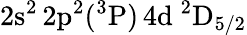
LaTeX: \mathrm{2s^{2}\, 2p^{2}(^{3}P)\, 4d~^{2}D_{5/2}}